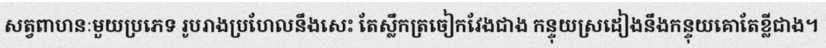
សត្វពាហនៈមួយប្រភេទ រូបរាងប្រហែលនឹងសេះ តែស្លឹកត្រចៀកវែងជាង កន្ទុយស្រដៀងនឹងកន្ទុយគោតែខ្លីជាង។